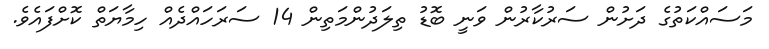
މަސައްކަތުގެ ދަށުން ސަރުކާރުން ވަނީ ބޮޑު ތިލަދުންމަތިން 14 ސަރަހައްދެއް ހިމާޔަތް ކޮށްފައެވެ.